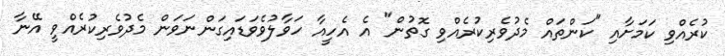
ކުރެއްވި ކަމަށާއި "ކަންތައް މެދުވެރިކުރެއްވި ގޮތުން" އެ އެހީއާ ހަވާލުވެވަޑައިގަންނަވަން މެދުވެރިކުރެއްވީ އޭނާ